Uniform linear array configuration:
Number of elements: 16
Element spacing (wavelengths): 0.25
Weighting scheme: hann
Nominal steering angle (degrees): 30
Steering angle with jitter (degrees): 30.82
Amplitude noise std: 0.05
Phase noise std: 0.05

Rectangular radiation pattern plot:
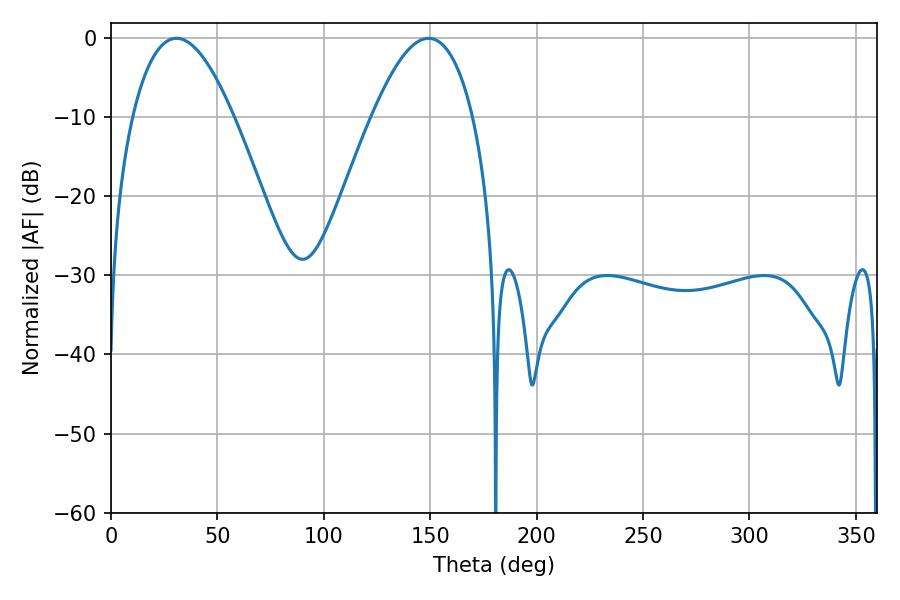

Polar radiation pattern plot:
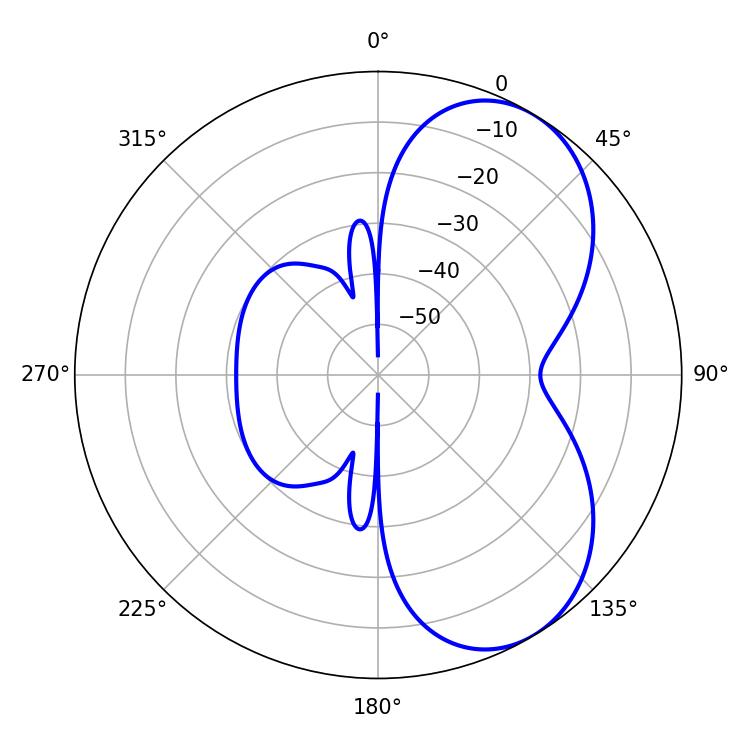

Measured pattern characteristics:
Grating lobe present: FALSE
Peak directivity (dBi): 5.853
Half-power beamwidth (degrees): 26.1
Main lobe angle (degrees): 30.78